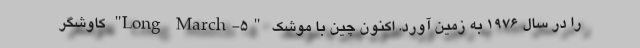
را در سال ۱۹۷۶ به زمین آورد. اکنون چین با موشک "Long March-۵" کاوشگر